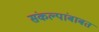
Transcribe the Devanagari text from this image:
संकल्पांबाबत